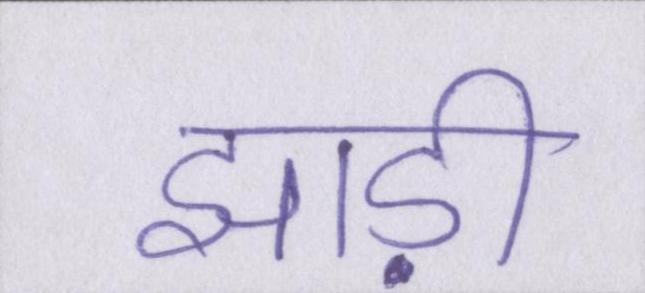
झाड़ी